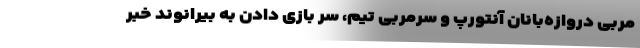
مربی دروازه‌بانان آنتورپ و سرمربی تیم، سر بازی دادن به بیرانوند خبر